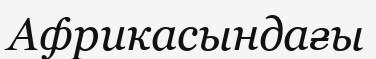
Африкасындағы